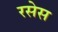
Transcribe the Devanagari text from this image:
रसेस